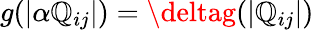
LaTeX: g(|\alpha\mathbb{Q}_{ij}|)=\deltag(|\mathbb{Q}_{ij}|)